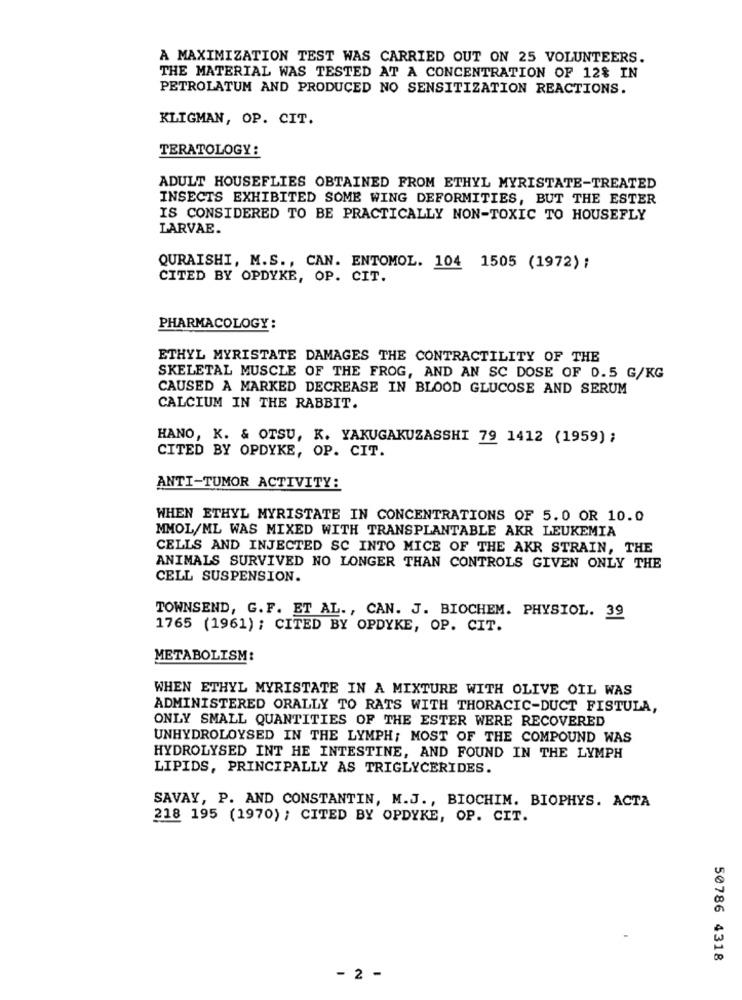
A MAXIMIZATION TEST WAS CARRIED OUT ON 25 VOLUNTEERS.
THE MATERIAL WAS TESTED AT A CONCENTRATION OF 12% IN
PETROLATUM AND PRODUCED NO SENSITIZATION REACTIONS.
KLIGMAN, OP. CIT.
TERATOLOGY:
ADULT HOUSEFLIES OBTAINED FROM ETHYL MYRISTATE-TREATED
INSECTS EXHIBITED SOME WING DEFORMITIES, BUT THE ESTER
IS CONSIDERED TO BE PRACTICALLY NON-TOXIC TO HOUSEFLY
LARVAE.
QURAISHI, M.S ., CAN. ENTOMOL. 104 1505 (1972) ;
CITED BY OPDYKE, OP. CIT.
PHARMACOLOGY:
ETHYL MYRISTATE DAMAGES THE CONTRACTILITY OF THE
SKELETAL MUSCLE OF THE FROG, AND AN SC DOSE OF 0.5 G/KG
CAUSED À MARKED DECREASE IN BLOOD GLUCOSE AND SERUM
CALCIUM IN THE RABBIT.
HANO, K. & OTSU, K. YAKUGAKUZASSHI 79 1412 (1959) ;
CITED BY OPDYKE, OP. CIT.
ANTI-TUMOR ACTIVITY:
WHEN ETHYL MYRISTATE IN CONCENTRATIONS OF 5.0 OR 10.0
MMOL/ML WAS MIXED WITH TRANSPLANTABLE AKR LEUKEMIA
CELLS AND INJECTED SC INTO MICE OF THE AKR STRAIN, THE
ANIMALS SURVIVED NO LONGER THAN CONTROLS GIVEN ONLY THE
CELL SUSPENSION.
TOWNSEND, G. F. ET AL ., CAN. J. BIOCHEM. PHYSIOL. 39
1765 (1961) ; CITED BY OPDYKE, OP. CIT.
METABOLISM:
WHEN ETHYL MYRISTATE IN A MIXTURE WITH OLIVE OIL WAS
ADMINISTERED ORALLY TO RATS WITH THORACIC-DUCT FISTULA,
ONLY SMALL QUANTITIES OF THE ESTER WERE RECOVERED
UNHYDROLOYSED IN THE LYMPH; MOST OF THE COMPOUND WAS
HYDROLYSED INT HE INTESTINE, AND FOUND IN THE LYMPH
LIPIDS, PRINCIPALLY AS TRIGLYCERIDES.
SAVAY, P. AND CONSTANTIN, M.J ., BIOCHIM. BIOPHYS. ACTA
218 195 (1970) ; CITED BY OPDYKE, OP. CIT.
50786 4318
- 2 -